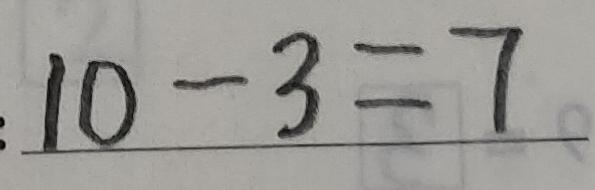
: 1 0 - 3 = 7